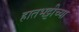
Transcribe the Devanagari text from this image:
हातभट्टीच्या